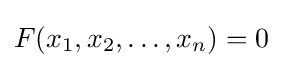
F(x_{1},x_{2},\ldots ,x_{n})=0